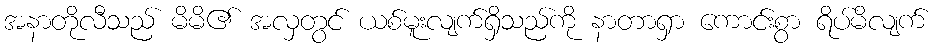
အနာတိုလီသည် မိမိ၏ အလှတွင် ယစ်မူးလျက်ရှိသည်ကို နာတာရှာ ကောင်းစွာ ရိပ်မိလျက်